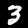
Digit: 3